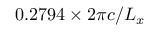
0 . 2 7 9 4 \times 2 \pi c / L _ { x }